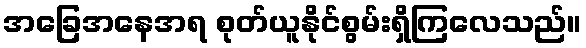
အခြေအနေအရ စုတ်ယူနိုင်စွမ်းရှိကြလေသည်။